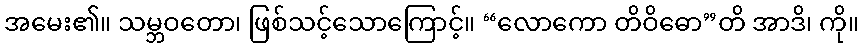
အမေး၏။ သမ္ဘဝတော၊ ဖြစ်သင့်သောကြောင့်။ “လောကော တိဝိဓော”တိ အာဒိ၊ ကို။